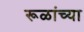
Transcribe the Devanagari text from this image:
रूळांच्या